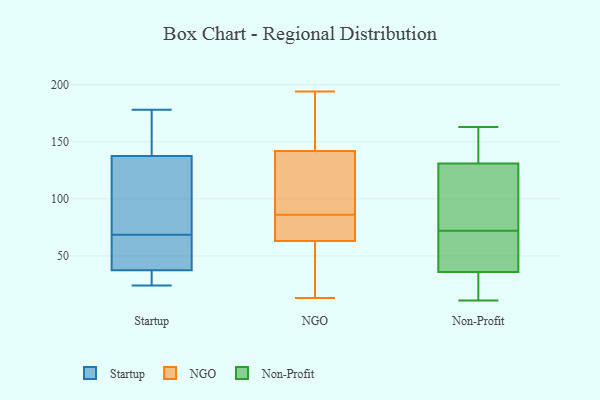
{"axis": {"x": "LTV (USD)", "y": "Value"}, "legend": ["NGO", "Non-Profit", "Startup"], "data": [{"x": "", "y": 30, "type": "Startup"}, {"x": "", "y": 145, "type": "Startup"}, {"x": "", "y": 102, "type": "Startup"}, {"x": "", "y": 54, "type": "Startup"}, {"x": "", "y": 56, "type": "Startup"}, {"x": "", "y": 178, "type": "Startup"}, {"x": "", "y": 28, "type": "Startup"}, {"x": "", "y": 173, "type": "Startup"}, {"x": "", "y": 81, "type": "Startup"}, {"x": "", "y": 45, "type": "Startup"}, {"x": "", "y": 130, "type": "Startup"}, {"x": "", "y": 24, "type": "Startup"}, {"x": "", "y": 98, "type": "NGO"}, {"x": "", "y": 60, "type": "NGO"}, {"x": "", "y": 93, "type": "NGO"}, {"x": "", "y": 139, "type": "NGO"}, {"x": "", "y": 34, "type": "NGO"}, {"x": "", "y": 73, "type": "NGO"}, {"x": "", "y": 13, "type": "NGO"}, {"x": "", "y": 194, "type": "NGO"}, {"x": "", "y": 191, "type": "NGO"}, {"x": "", "y": 91, "type": "NGO"}, {"x": "", "y": 145, "type": "NGO"}, {"x": "", "y": 13, "type": "NGO"}, {"x": "", "y": 76, "type": "NGO"}, {"x": "", "y": 166, "type": "NGO"}, {"x": "", "y": 81, "type": "NGO"}, {"x": "", "y": 66, "type": "NGO"}, {"x": "", "y": 142, "type": "Non-Profit"}, {"x": "", "y": 28, "type": "Non-Profit"}, {"x": "", "y": 57, "type": "Non-Profit"}, {"x": "", "y": 72, "type": "Non-Profit"}, {"x": "", "y": 61, "type": "Non-Profit"}, {"x": "", "y": 39, "type": "Non-Profit"}, {"x": "", "y": 144, "type": "Non-Profit"}, {"x": "", "y": 34, "type": "Non-Profit"}, {"x": "", "y": 163, "type": "Non-Profit"}, {"x": "", "y": 17, "type": "Non-Profit"}, {"x": "", "y": 97, "type": "Non-Profit"}, {"x": "", "y": 35, "type": "Non-Profit"}, {"x": "", "y": 145, "type": "Non-Profit"}, {"x": "", "y": 122, "type": "Non-Profit"}, {"x": "", "y": 115, "type": "Non-Profit"}, {"x": "", "y": 128, "type": "Non-Profit"}, {"x": "", "y": 11, "type": "Non-Profit"}, {"x": "", "y": 53, "type": "Non-Profit"}, {"x": "", "y": 132, "type": "Non-Profit"}]}